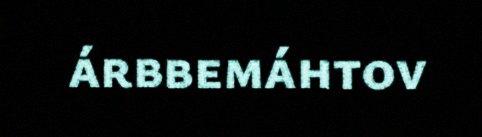
árbbemáhtov